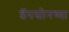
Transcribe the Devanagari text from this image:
डॅपसोनच्या